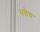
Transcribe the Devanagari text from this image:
भलेच